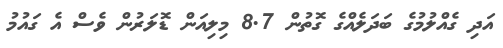
އަދި ގެއްލުމުގެ ބަދަލެއްގެ ގޮތުން 8.7 މިލިއަން ޑޮލަރުން ވެސް އެ ގައުމު